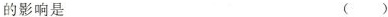
的影响是 ()